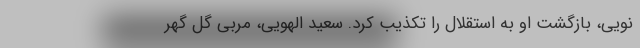
نویی، بازگشت او به استقلال را تکذیب کرد. سعید الهویی، مربی گل گهر